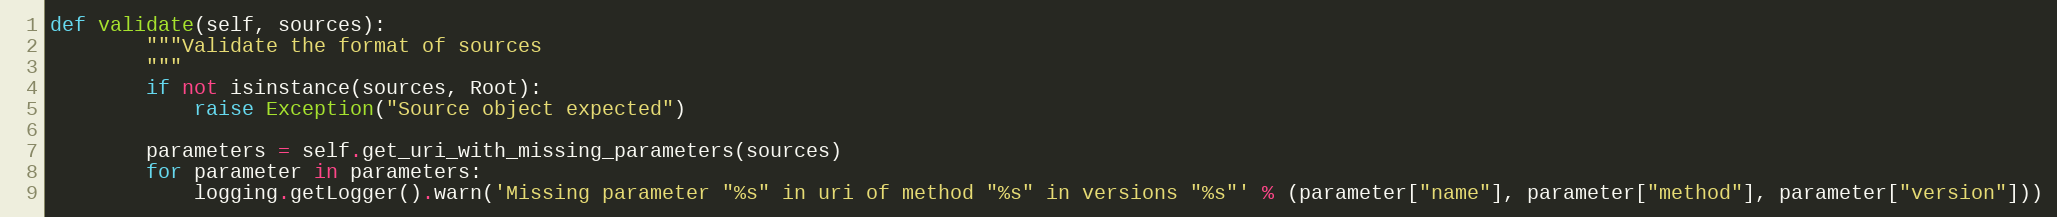
Language: Python
def validate(self, sources):
        """Validate the format of sources
        """
        if not isinstance(sources, Root):
            raise Exception("Source object expected")

        parameters = self.get_uri_with_missing_parameters(sources)
        for parameter in parameters:
            logging.getLogger().warn('Missing parameter "%s" in uri of method "%s" in versions "%s"' % (parameter["name"], parameter["method"], parameter["version"]))